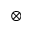
\otimes